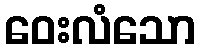
ဝေးလံသော